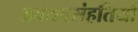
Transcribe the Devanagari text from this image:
अवयवसंहतियाँ